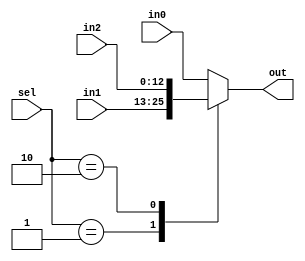
`timescale 1ns / 1ps
//////////////////////////////////////////////////////////////////////////////////
// Company: 
// Engineer: 
// 
// Design Name: 
// Module Name: mux3_1
// Project Name: 
// Target Devices: 
// Tool Versions: 
// Description: 
// 
// Dependencies: 
// 
// Revision:
// Revision 0.01 - File Created
// Additional Comments:
// 
//////////////////////////////////////////////////////////////////////////////////


module mux3_1 #(parameter BITS = 13) (sel, in0, in1, in2, out);
    input [1:0] sel;
    input [BITS-1:0] in0, in1, in2;
    output reg [BITS-1:0] out;
    
    always @(*) begin
        case(sel)
        2'b00: begin
            out <= in0;
            end
        2'b01: begin
            out <= in1;
            end
        2'b10: begin
            out <= in2;
            end
        default : begin
            out <= in0;
            end
        endcase
    end

endmodule